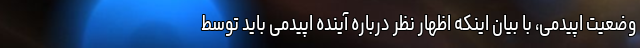
وضعیت اپیدمی، با بیان اینکه اظهار نظر درباره آینده اپیدمی باید توسط